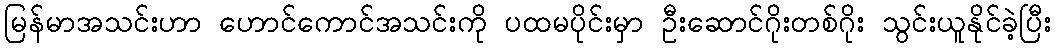
မြန်မာအသင်းဟာ ဟောင်ကောင်အသင်းကို ပထမပိုင်းမှာ ဦးဆောင်ဂိုးတစ်ဂိုး သွင်းယူနိုင်ခဲ့ပြီး